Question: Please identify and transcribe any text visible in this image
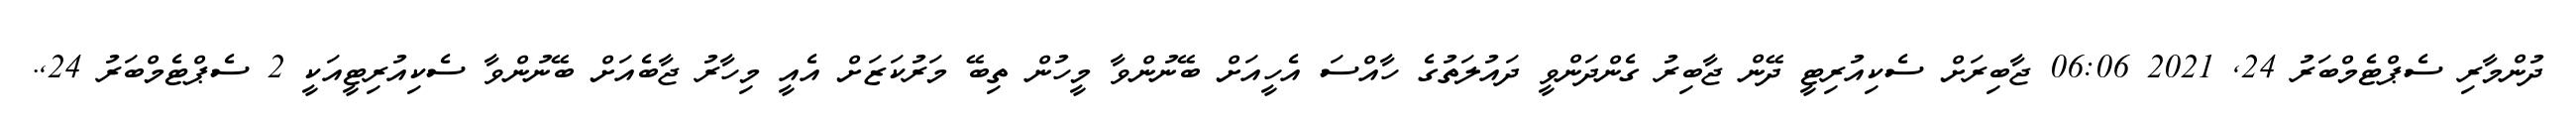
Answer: ދުންމާރި ސެޕްޓެމްބަރު 24, 2021 06:06 ޖާބިރަށް ސެކިއުރިޓީ ދޭން ޖާބިރު ގެންދަންވީ ދައުލަތުގެ ހާއްސަ އެހީއަށް ބޭނުންވާ މީހުން ތިބޭ މަރުކަޒަށް އެއީ މިހާރު ޖާބެއަށް ބޭނުންވާ ސެކިއުރިޓީއަކީ 2 ސެޕްޓެމްބަރު 24,.